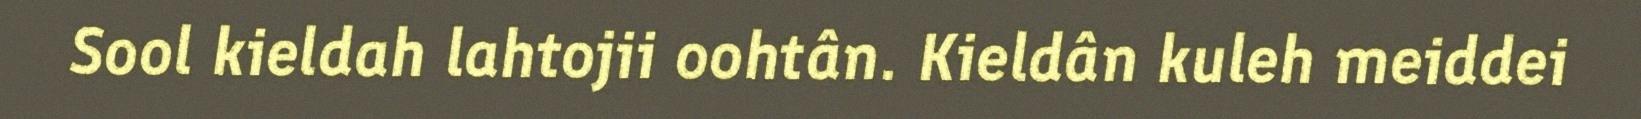
Sool kieldah lahtojii oohtân. Kieldân kuleh meiddei